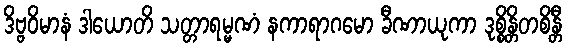
ဒိဗ္ဗဝိမာနံ ဒါယောတိ သတ္တာရမ္မဏံ နကာရာဂမော ခီဏာယုကာ ဒုစ္စိန္တိတစိန္တီ